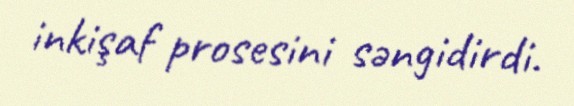
inkişaf prosesini səngidirdi.